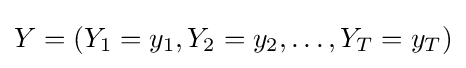
Y=(Y_{1}=y_{1},Y_{2}=y_{2},\ldots ,Y_{T}=y_{T})